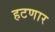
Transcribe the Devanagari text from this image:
हटणार